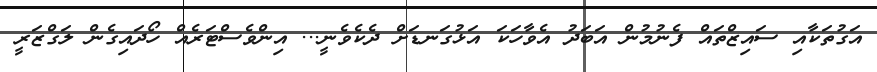
އަގުތަކާއި ސައިޒްތައް ފެނުމުން އަބަދު އެވާހަކަ އަޅުގަނޑަށް ދެކެވެނީ... އިންވެސްޓަރެއް ހޯދައިގެން ލަގްޒަރީ